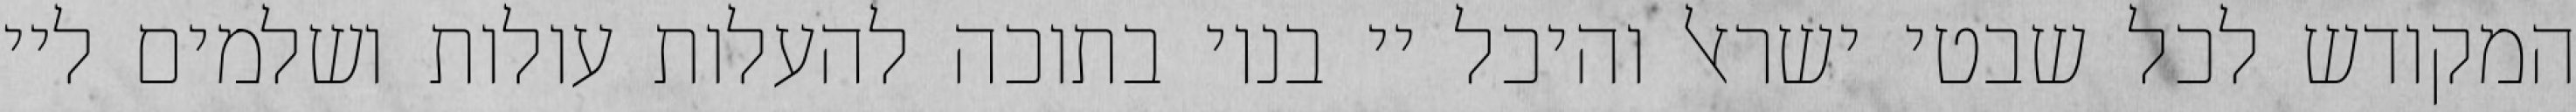
המקודש לכל שבטי ישראל והיכל יי בנוי בתוכה להעלות עולות ושלמים ליי